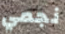
نجمي